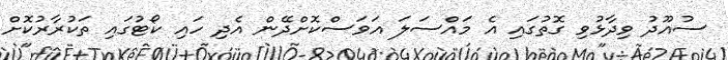
ސުއޫދު ވިދާޅުވި ގޮތުގައި އެ މައްސަލަ އަވަސްކޮށްދޭން އެދި ހައި ކޯޓުގައި ތަކުރާރުކޮށް